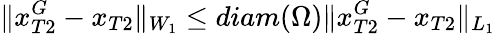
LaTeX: \| x_{T2}^{G}-x_{T2}\| _{W_{1}}\leq diam(\Omega)\| x_{T2}^{G}-x_{T2}\| _{L_{1}}